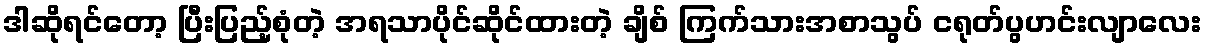
ဒါဆိုရင်တော့ ပြီးပြည့်စုံတဲ့ အရသာပိုင်ဆိုင်ထားတဲ့ ချိစ် ကြက်သားအစာသွပ် ငရုတ်ပွဟင်းလျာလေး